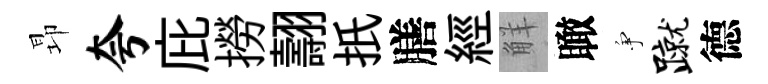
昻夸庇撈翿扺膳經觧瞰争蹴德